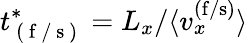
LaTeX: t_{\mathrm{~(~f~/~s~)~}}^{*}=L_{x}/\langle v_{x}^{(\mathrm{f/s)}}\rangle